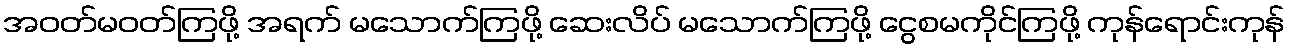
အဝတ်မဝတ်ကြဖို့ အရက် မသောက်ကြဖို့ ဆေးလိပ် မသောက်ကြဖို့ ငွေစမကိုင်ကြဖို့ ကုန်ရောင်းကုန်